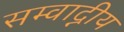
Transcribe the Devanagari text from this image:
सम्वाद्नीय